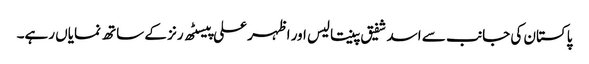
پاکستان کی جانب سے اسد شفیق پینتالیس اور اظہر علی پیسٹھ رنز کے ساتھ نمایاں رہے۔